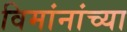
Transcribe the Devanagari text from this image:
विमांनांच्या